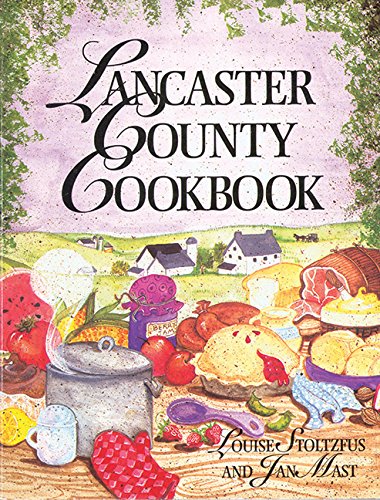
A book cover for Lancaster County Cookbook; Louise Stoltzfus; Cookbooks, Food & Wine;